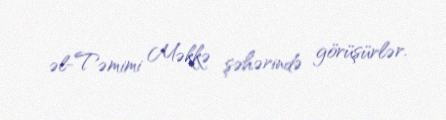
əl-Təmimi Məkkə şəhərində görüşürlər.